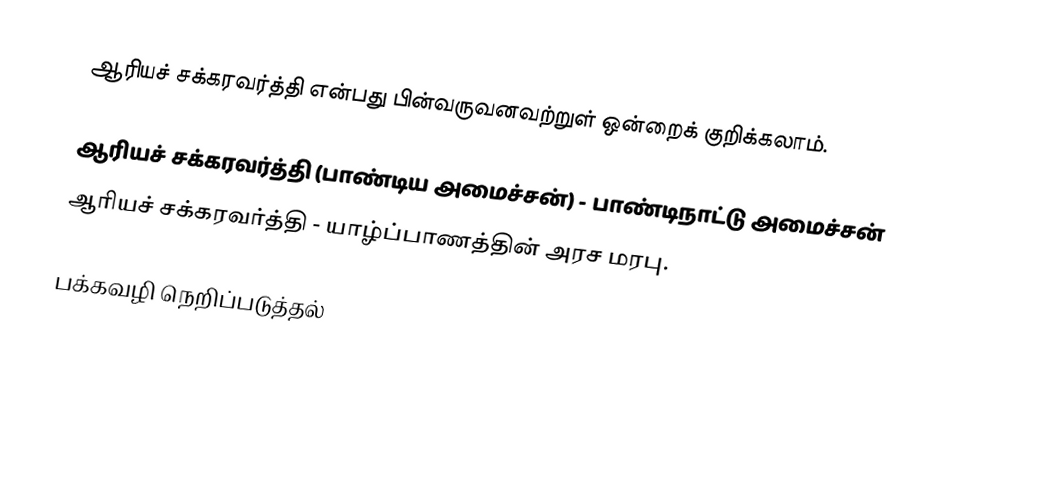
ஆரியச் சக்கரவர்த்தி என்பது பின்வருவனவற்றுள் ஒன்றைக் குறிக்கலாம்.

 ஆரியச் சக்கரவர்த்தி (பாண்டிய அமைச்சன்) - பாண்டிநாட்டு அமைச்சன்
 ஆரியச் சக்கரவர்த்தி - யாழ்ப்பாணத்தின் அரச மரபு.

பக்கவழி நெறிப்படுத்தல்